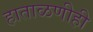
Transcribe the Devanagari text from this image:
हाताळणीही